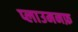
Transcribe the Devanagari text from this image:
प्लाउमनफ़